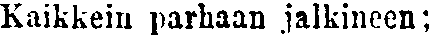
Kaikkein parhaan jalkineen;